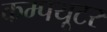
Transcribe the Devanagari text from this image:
कम्पयूटर